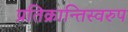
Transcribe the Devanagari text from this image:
प्रतिक्रान्तिस्वरुप